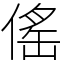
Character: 傜